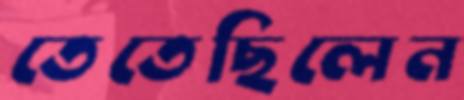
তেতেছিলেন